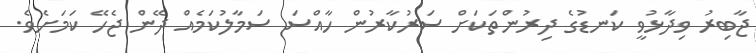
ޖާބިރު ވިދާޅުވީ ކަނޑުގެ ދިރުންތަކަށް ސަރުކާރުން ހާއްސަ ސަމާލުކަމެއް ދޭން ޖެހޭ ކަމަށެވެ.